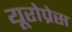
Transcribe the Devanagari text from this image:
यूरोप्रेस